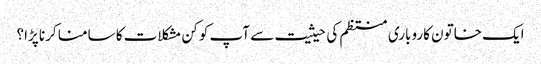
ایک خاتون کاروباری منتظم کی حیثیت سے آپ کو کن مشکلات کا سامنا کرنا پڑا؟